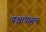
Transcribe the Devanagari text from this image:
पक्षांपासून